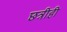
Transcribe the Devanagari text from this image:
छत्रीही